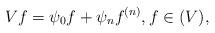
LaTeX: \begin{align*}Vf=\psi_0 f+\psi_n f^{(n)},f\in(V),\end{align*}